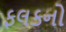
ફલકનો